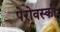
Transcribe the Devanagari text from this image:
पेरोवस्की